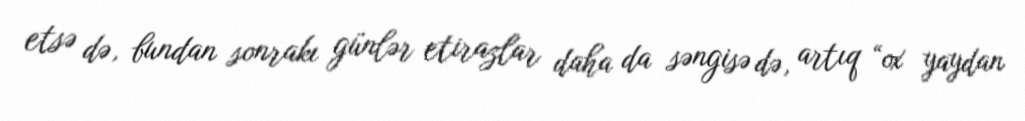
etsə də, bundan sonrakı günlər etirazlar daha da səngisə də, artıq “ox yaydan